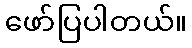
ဖော်ပြပါတယ်။